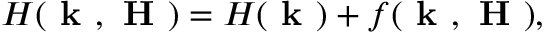
H ( \textbf { k } , \textbf { H } ) = H ( \textbf { k } ) + f ( \textbf { k } , \textbf { H } ) ,